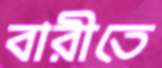
বারীতে